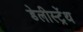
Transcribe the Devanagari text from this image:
डेलीस्ट्रेंथ